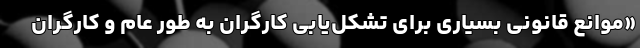
«موانع قانونی بسیاری برای تشکل‌یابی کارگران به طور عام و کارگران